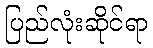
ပြည်လုံးဆိုင်ရာ